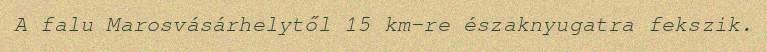
A falu Marosvásárhelytől 15 km-re északnyugatra fekszik.